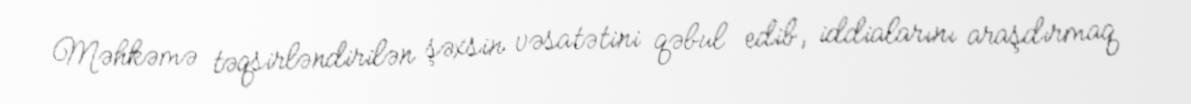
Məhkəmə təqsirləndirilən şəxsin vəsatətini qəbul edib, iddialarını araşdırmaq